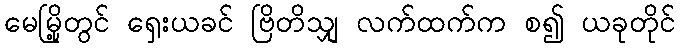
မေမြို့တွင် ရှေးယခင် ဗြိတိသျှ လက်ထက်က စ၍ ယခုတိုင်